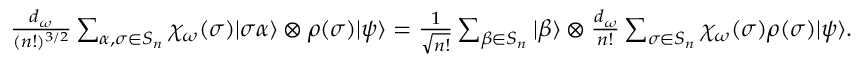
\begin{array} { r } { \frac { d _ { \omega } } { ( n ! ) ^ { 3 / 2 } } \sum _ { \alpha , \sigma \in S _ { n } } \chi _ { \omega } ( \sigma ) | \sigma \alpha \rangle \otimes \rho ( \sigma ) | \psi \rangle = \frac { 1 } { \sqrt { n ! } } \sum _ { \beta \in S _ { n } } | \beta \rangle \otimes \frac { d _ { \omega } } { n ! } \sum _ { \sigma \in S _ { n } } \chi _ { \omega } ( \sigma ) \rho ( \sigma ) | \psi \rangle . } \end{array}